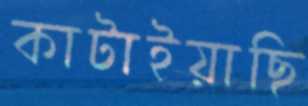
কাটাইয়াছি